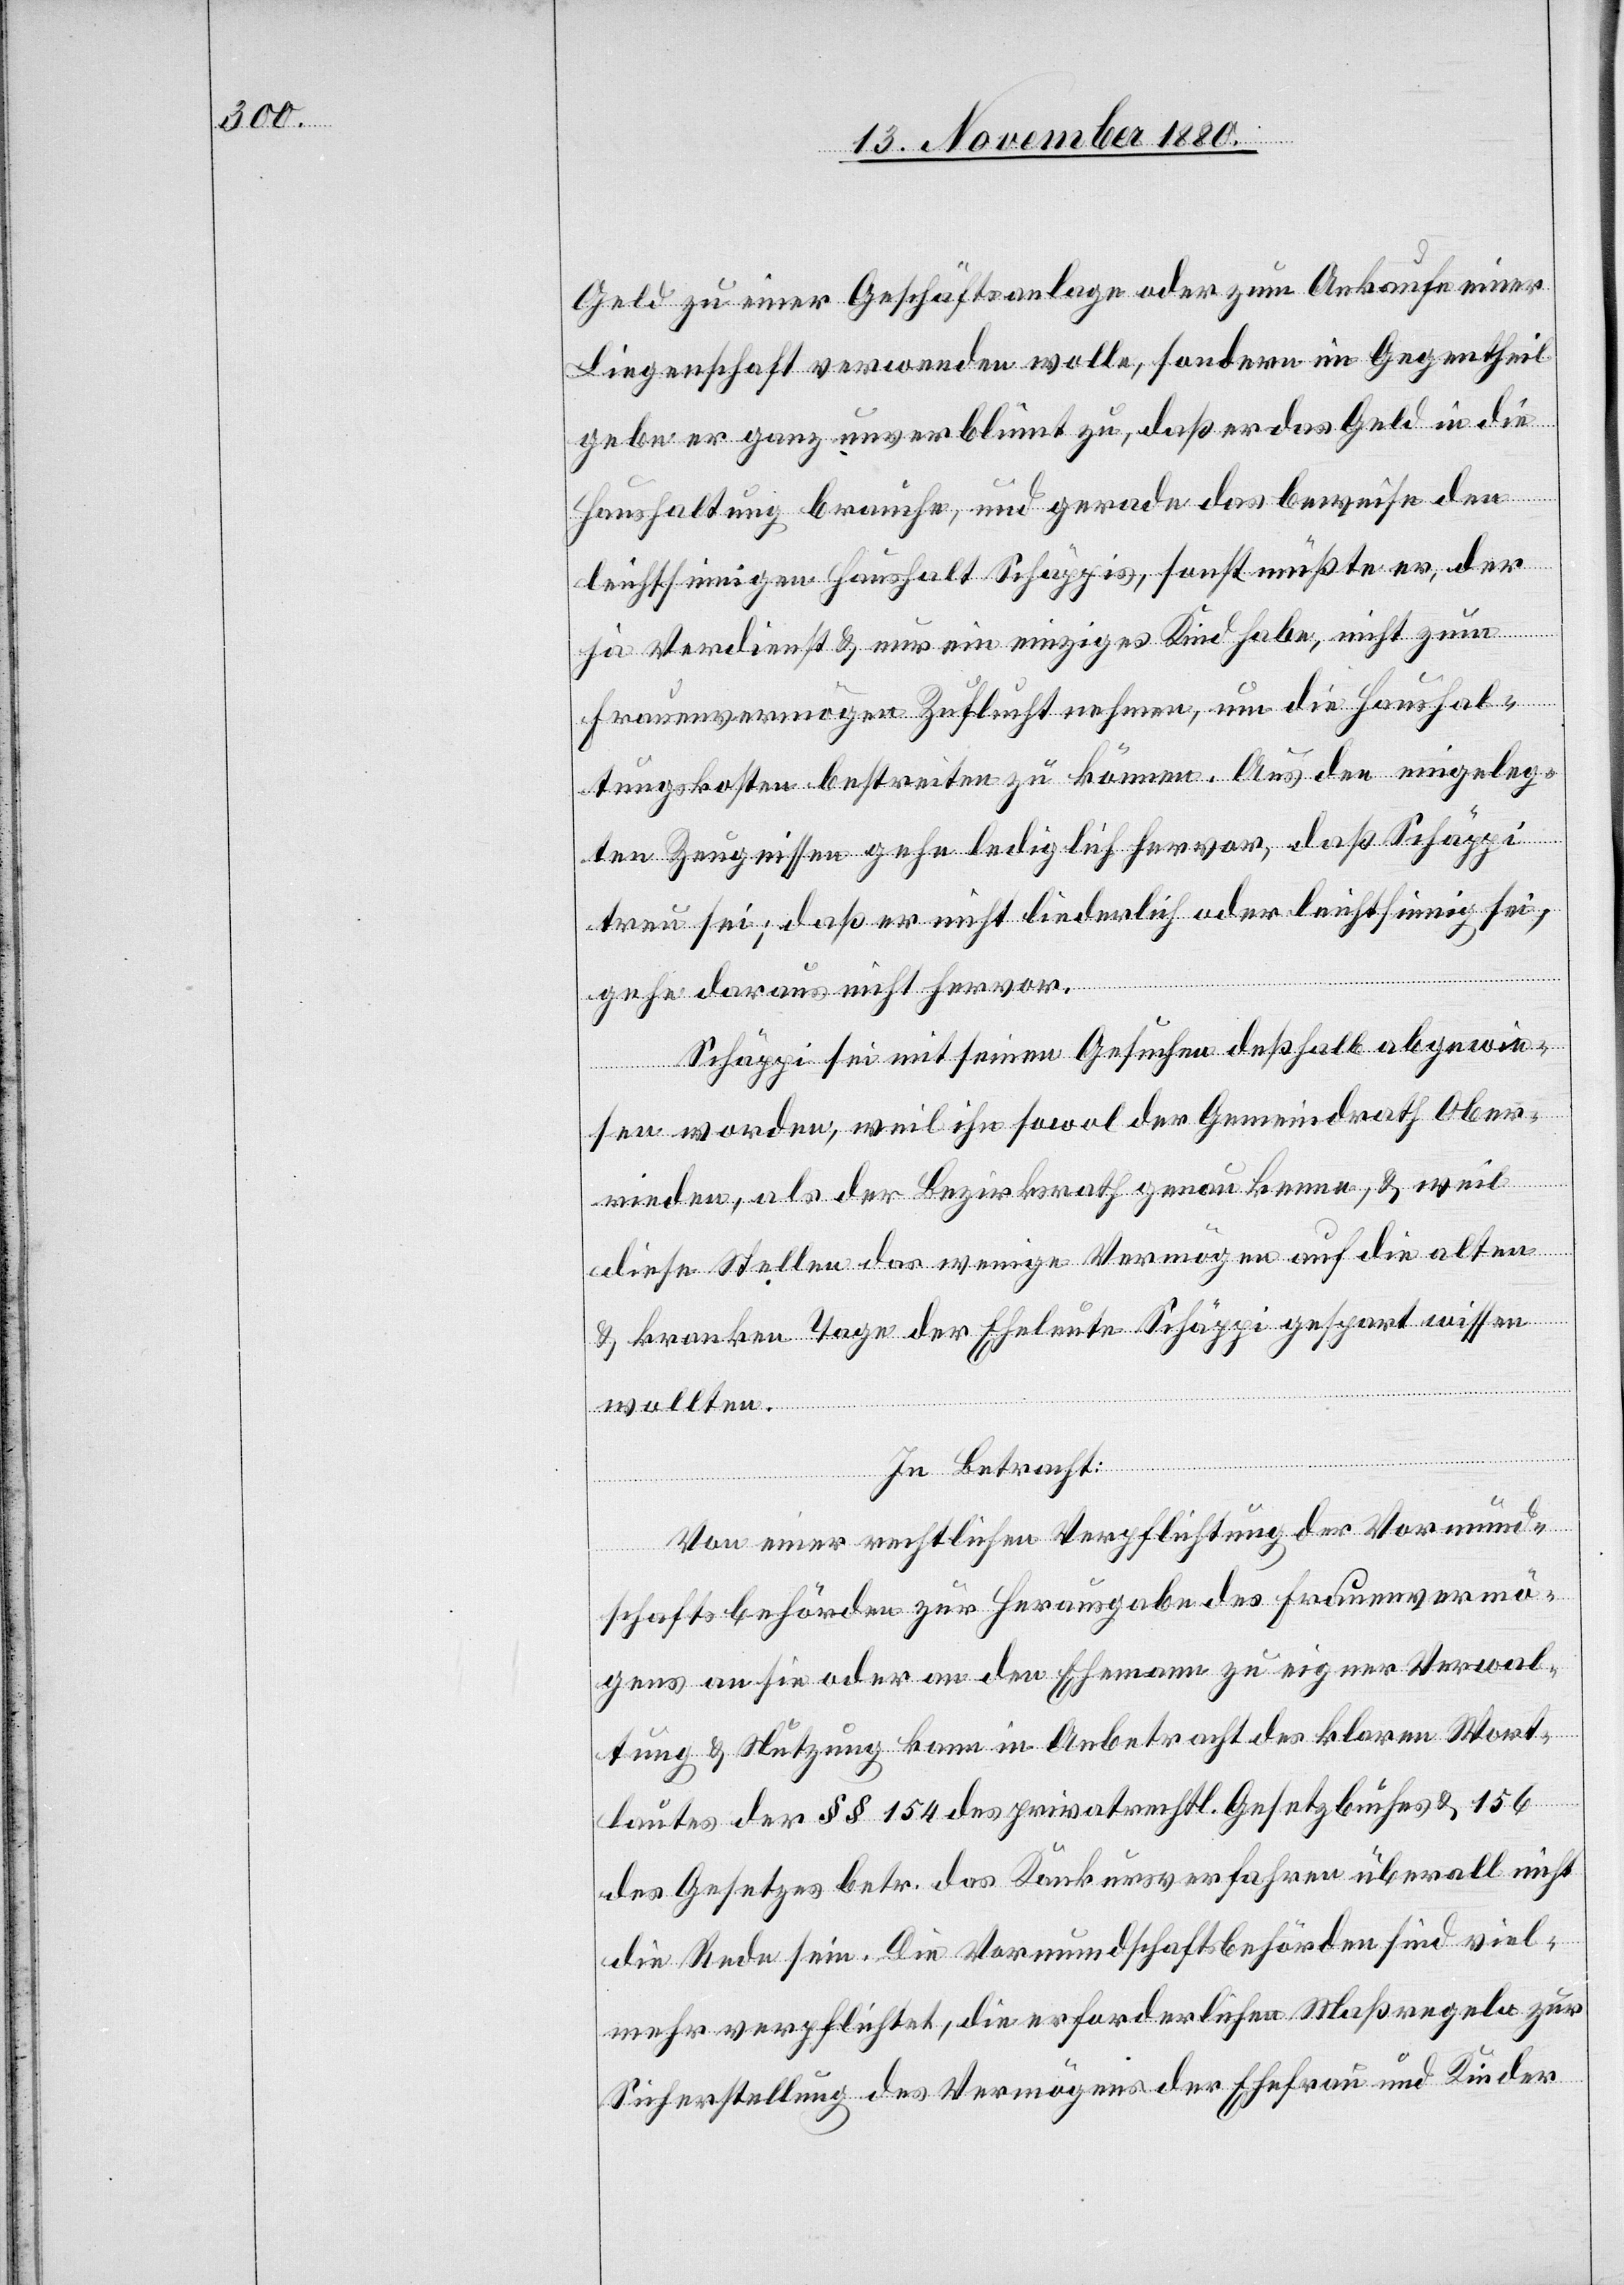
Geld zu einer Geschäftsanlage oder zum Ankaufe einer
Liegenschaft verwenden solle, sondern im Gegentheil
gebe er ganz unverblümt zu, daß er das Geld in die
Haushaltung brauche, und gerade das beweise den
leichtsinnigen Haushalt Schäppis, sonst müßte er, der
ja Verdienst & nur ein einziges Kind habe, nicht zum
Frauenvermögen Zuflucht nehmen, um die Haushal¬
tungskosten bestreiten zu können. Aus den eingeleg¬
ten Zeugnissen gehe lediglich hervor, daß Schäppi
treu sei; daß er nicht liederlich oder leichtsinnig sei,
gehe daraus nicht hervor.
Schäppi sei mit seinem Ansuchen deßhalb abgewie¬
sen worden, weil ihn sowol der Gemeindrath Ober¬
rieden, als der Bezirksrath genau kenne, & weil
diese Stellen das wenige Vermögen auf die alten
& kranken Tage der Eheleute Schäppi gespart wissen
wollten.
In Betracht:
Von einer rechtlichen Verpflichtung der Vormund¬
schaftsbehörden zur Herausgabe des Frauenvermö¬
gens an sie oder an den Ehemann zu eigener Verwal¬
tung & Nutzung kann in Anbetracht des klaren Wort¬
lautes der §§ 154 des privatrechtl. Gesetzbuches & 156
des Gesetzes betr. des Konkursverfahren überall nicht
die Rede sein. Die Vormundschaftsbehörden sind viel¬
mehr verpflichtet, die erforderlichen Maßregeln zur
Sicherstellung des Vermögens der Ehefrau und Kinder